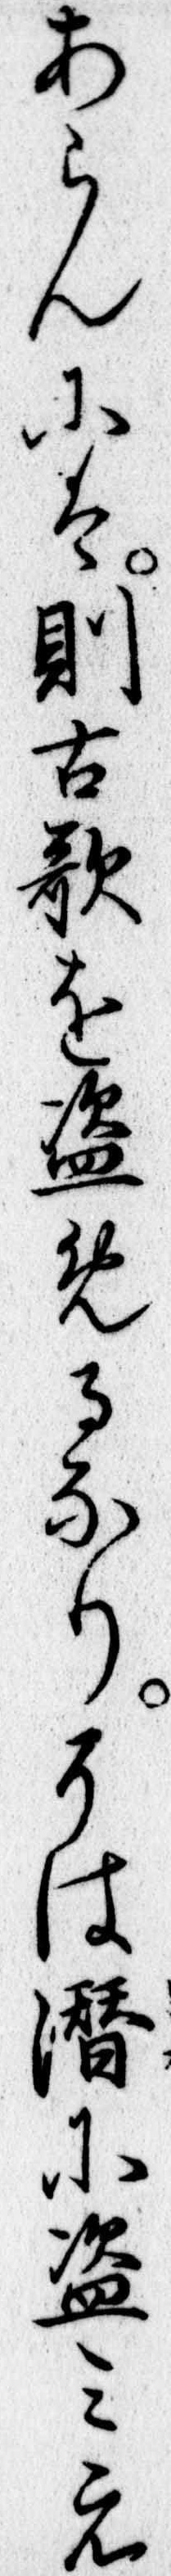
あらんには則古歌を盗めるなりそは潜に盗みえ